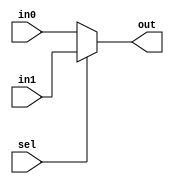
`timescale 1ns / 1ps
//////////////////////////////////////////////////////////////////////////////////
// Company: 
// Engineer: 
// 
// Design Name: 
// Module Name: mux32
// Project Name: 
// Target Devices: 
// Tool Versions: 
// Description: 
// 
// Dependencies: 
// 
// Revision:
// Revision 0.01 - File Created
// Additional Comments:
// 
//////////////////////////////////////////////////////////////////////////////////


module mux32(
    input sel,
    input [31:0] in1,
    input [31:0] in0,
    output [31:0] out
    );
    
    assign out =sel?in1:in0;
    
endmodule